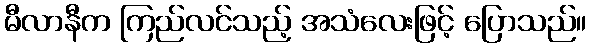
မီလာနီက ကြည်လင်သည့် အသံလေးဖြင့် ပြောသည်။